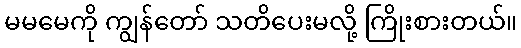
မမမေကို ကျွန်တော် သတိပေးမလို့ ကြိုးစားတယ်။